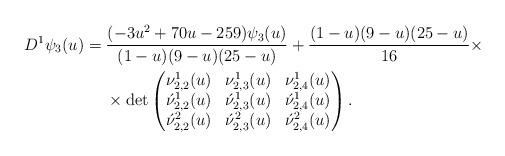
LaTeX: \begin{align*}D^1\psi_3(u)={}&\frac{(-3 u^2+70 u-259)\psi_3(u)}{(1-u) (9-u) (25-u)}+\frac{(1-u) (9-u) (25-u)}{16}\times\\{}&\times\det\begin{pmatrix}\nu^1_{2,2}(u) & \nu^1_{2,3}(u) & \nu^1_{2,4}(u)\\\acute\nu^1_{2,2}(u) &\acute\nu^1_{2,3}(u) & \acute\nu^1_{2,4}(u)\\\acute\nu^2_{2,2}(u) & \acute\nu^2_{2,3}(u) & \acute\nu^2_{2,4}(u)\end{pmatrix}.\end{align*}